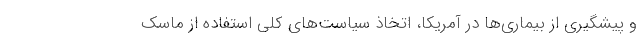
و پیشگیری از بیماری‌ها در آمریکا، اتخاذ سیاست‌های کلی استفاده از ماسک